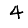
Digit: 4